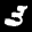
Label: 3